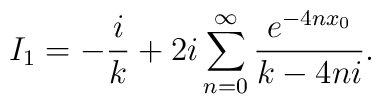
I_{1}=-\frac{i}{k}+2i\sum_{n=0}^{\infty}\frac{e^{-4nx_{0}}}{k-4ni}.